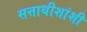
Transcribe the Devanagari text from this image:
सत्ताधीशांशी